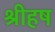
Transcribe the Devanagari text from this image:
श्रीहष